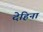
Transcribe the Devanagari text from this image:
देहिनां